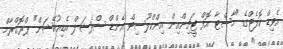
އެވިޑް ކޮލެޖްގެ "މާސްޓާ އޮފް ޓީޗިންއިން އިންކްލޫސިވް އެންޑް ސްޕެޝަލް އެޑިއުކޭޝަން" ޕްރޮގްރާމް